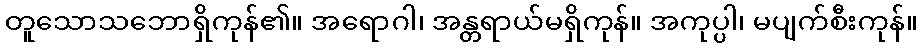
တူသောသဘောရှိကုန်၏။ အရောဂါ၊ အန္တရာယ်မရှိကုန်။ အကုပ္ပါ၊ မပျက်စီးကုန်။